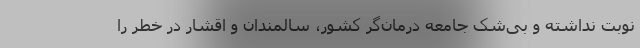
نوبت نداشته و بی‌شک جامعه درمان‌گر کشور، سالمندان و اقشار در خطر را